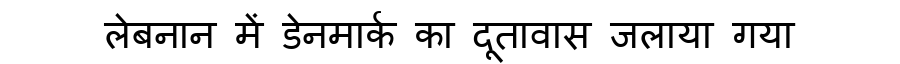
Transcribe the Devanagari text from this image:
लेबनान में डेनमार्क का दूतावास जलाया गया